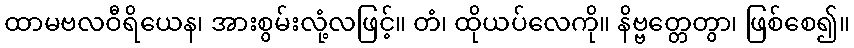
ထာမဗလဝီရိယေန၊ အားစွမ်းလုံ့လဖြင့်။ တံ၊ ထိုယပ်လေကို။ နိဗ္ဗတ္တေတွာ၊ ဖြစ်စေ၍။